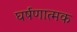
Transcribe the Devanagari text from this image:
घर्षणात्मक